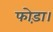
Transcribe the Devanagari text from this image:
फोड़ा।